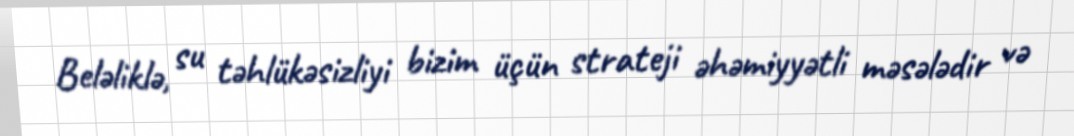
Beləliklə, su təhlükəsizliyi bizim üçün strateji əhəmiyyətli məsələdir və